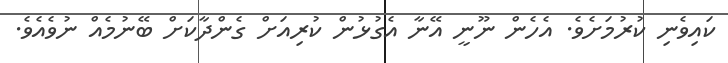
ކައިވެނި ކުރުމަށެވެ. އެހެން ނޫނީ އޭނާ އެގުޅުން ކުރިއަށް ގެންދާކަށް ބޭނުމެއް ނުވެއެވެ.